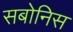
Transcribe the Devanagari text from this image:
सबोनिस